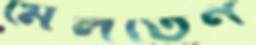
মেলতেন